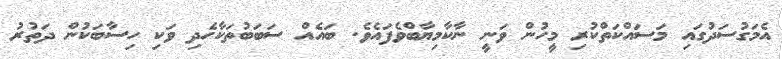
އެމަގުސަދުގައި މަސައްކަތްކުރި މީހުން ވަނީ ނާކާމިޔާބްވެފައެވެ. ބައެއް ސަބަބުތަކާހެދި ވަކި ހިސާބަކުން ދަތުރު